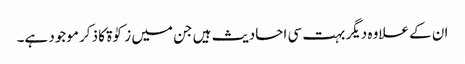
ان کے علاوہ دیگر بہت سی احادیث ہیں جن میں زکوٰۃ کا ذکر موجود ہے۔